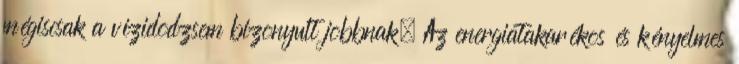
mégiscsak a vízidodzsem bizonyult jobbnak. Az energiatakarékos és kényelmes